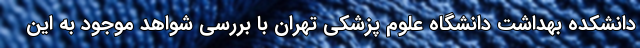
دانشکده بهداشت دانشگاه علوم پزشکی تهران با بررسی شواهد موجود به این